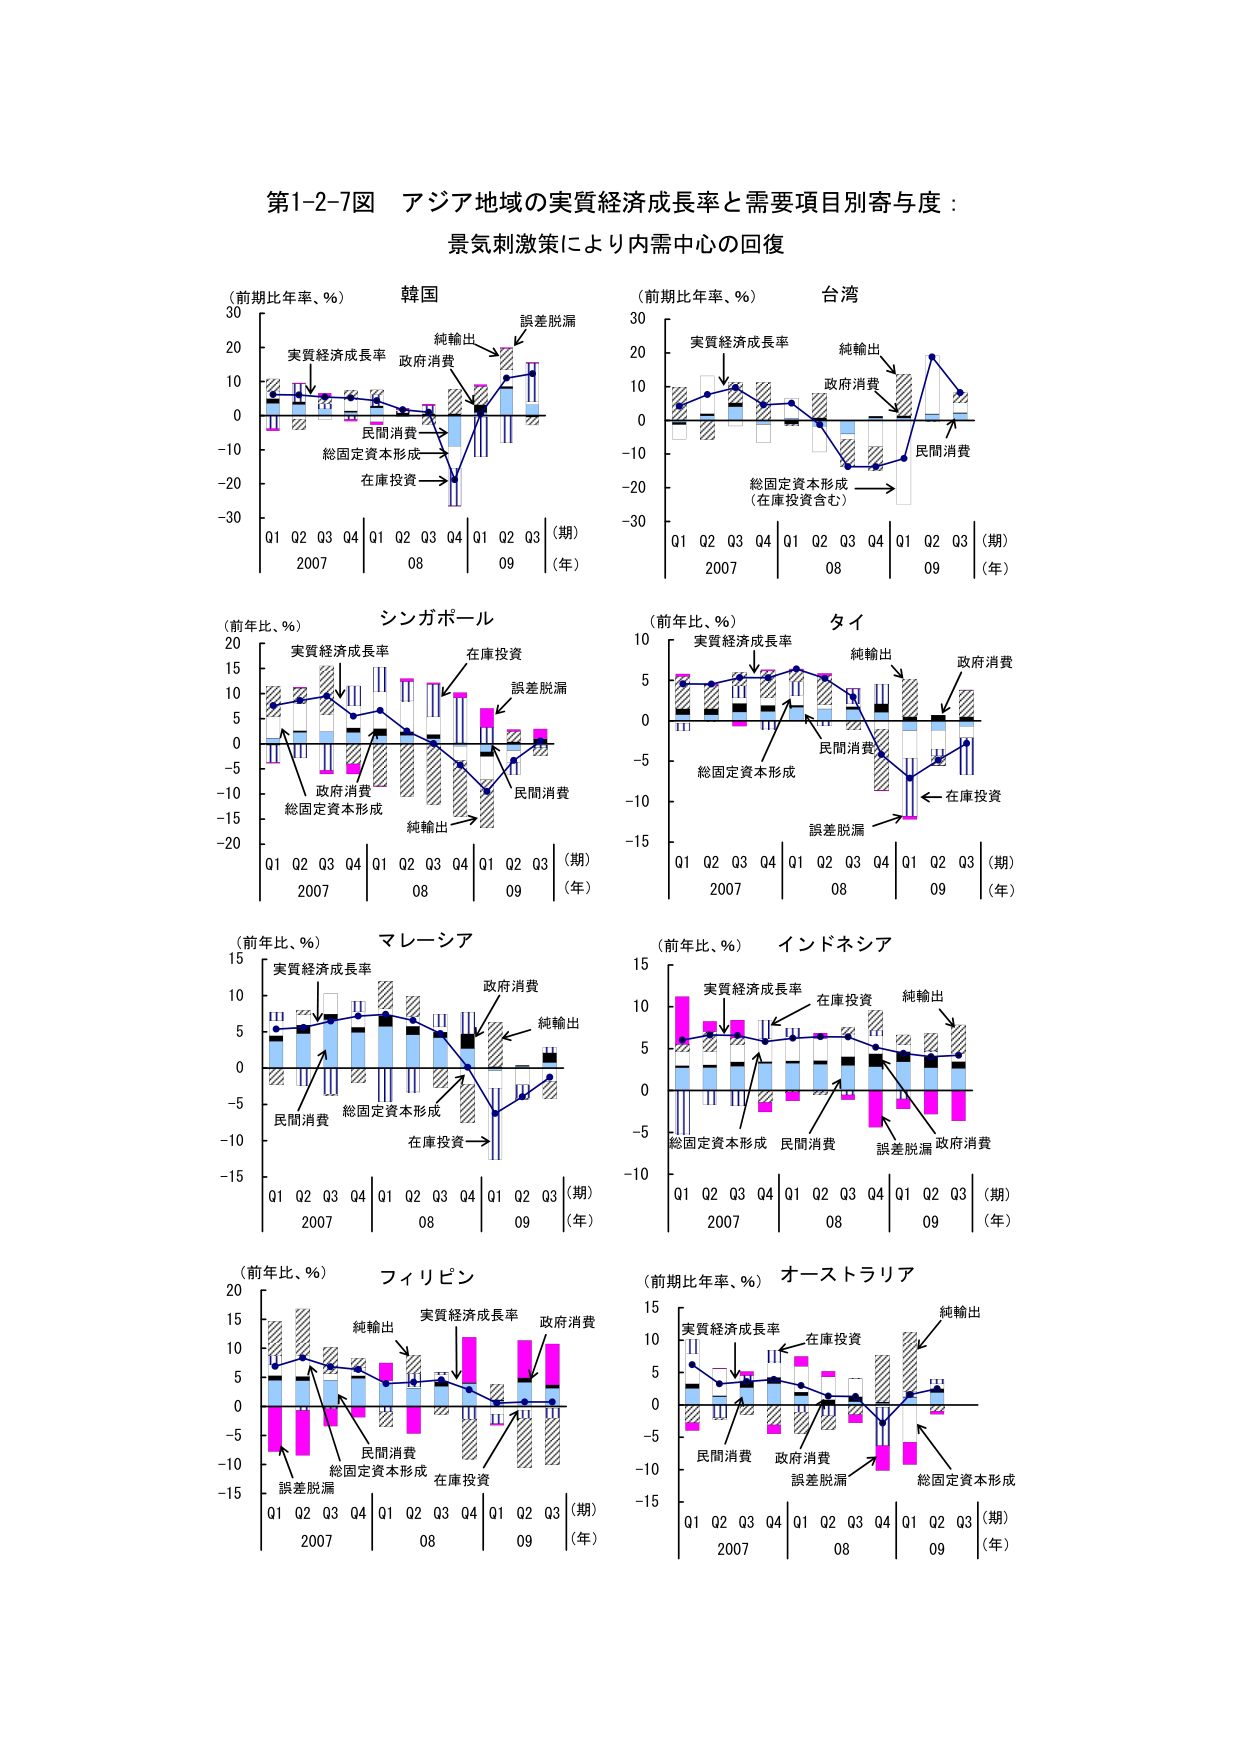
第1-2-7図 アジア地域の実質経済成長率と需要項目別寄与度：
景気刺激策により内需中心の回復

（前期比年率、％） 韓国
30
20
10
0
-10
-20
-30
Q1 Q2 Q3 Q4 Q1 Q2 Q3 Q4 Q1 Q2 Q3 （期）
2007 08 09 （年）
実質経済成長率
政府消費
純輸出
誤差脱漏
民間消費
総固定資本形成
在庫投資

（前期比年率、％） 台湾
30
20
10
0
-10
-20
-30
Q1 Q2 Q3 Q4 Q1 Q2 Q3 Q4 Q1 Q2 Q3 （期）
2007 08 09 （年）
実質経済成長率
純輸出
政府消費
民間消費
総固定資本形成
（在庫投資含む）

（前年比、％） シンガポール
20
15
10
5
0
-5
-10
-15
-20
Q1 Q2 Q3 Q4 Q1 Q2 Q3 Q4 Q1 Q2 Q3 （期）
2007 08 09 （年）
実質経済成長率
在庫投資
誤差脱漏
政府消費
総固定資本形成
純輸出
民間消費

（前年比、％） タイ
10
5
0
-5
-10
-15
Q1 Q2 Q3 Q4 Q1 Q2 Q3 Q4 Q1 Q2 Q3 （期）
2007 08 09 （年）
実質経済成長率
純輸出
政府消費
民間消費
総固定資本形成
在庫投資
誤差脱漏

（前年比、％） マレーシア
15
10
5
0
-5
-10
-15
Q1 Q2 Q3 Q4 Q1 Q2 Q3 Q4 Q1 Q2 Q3 （期）
2007 08 09 （年）
実質経済成長率
政府消費
純輸出
民間消費
総固定資本形成
在庫投資

（前年比、％） インドネシア
15
10
5
0
-5
-10
Q1 Q2 Q3 Q4 Q1 Q2 Q3 Q4 Q1 Q2 Q3 （期）
2007 08 09 （年）
実質経済成長率
在庫投資
純輸出
総固定資本形成
民間消費
誤差脱漏
政府消費

（前年比、％） フィリピン
20
15
10
5
0
-5
-10
-15
Q1 Q2 Q3 Q4 Q1 Q2 Q3 Q4 Q1 Q2 Q3 （期）
2007 08 09 （年）
純輸出
実質経済成長率
政府消費
民間消費
総固定資本形成
在庫投資
誤差脱漏

（前期比年率、％） オーストラリア
15
10
5
0
-5
-10
-15
Q1 Q2 Q3 Q4 Q1 Q2 Q3 Q4 Q1 Q2 Q3 （期）
2007 08 09 （年）
実質経済成長率
在庫投資
純輸出
民間消費
政府消費
誤差脱漏
総固定資本形成